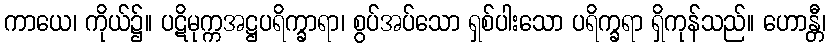
ကာယေ၊ ကိုယ်၌။ ပဋိမုက္ကအဋ္ဌပရိက္ခာရာ၊ စွပ်အပ်သော ရှစ်ပါးသော ပရိက္ခရာ ရှိကုန်သည်။ ဟောန္တီ၊